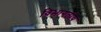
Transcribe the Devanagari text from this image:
विभागतीय